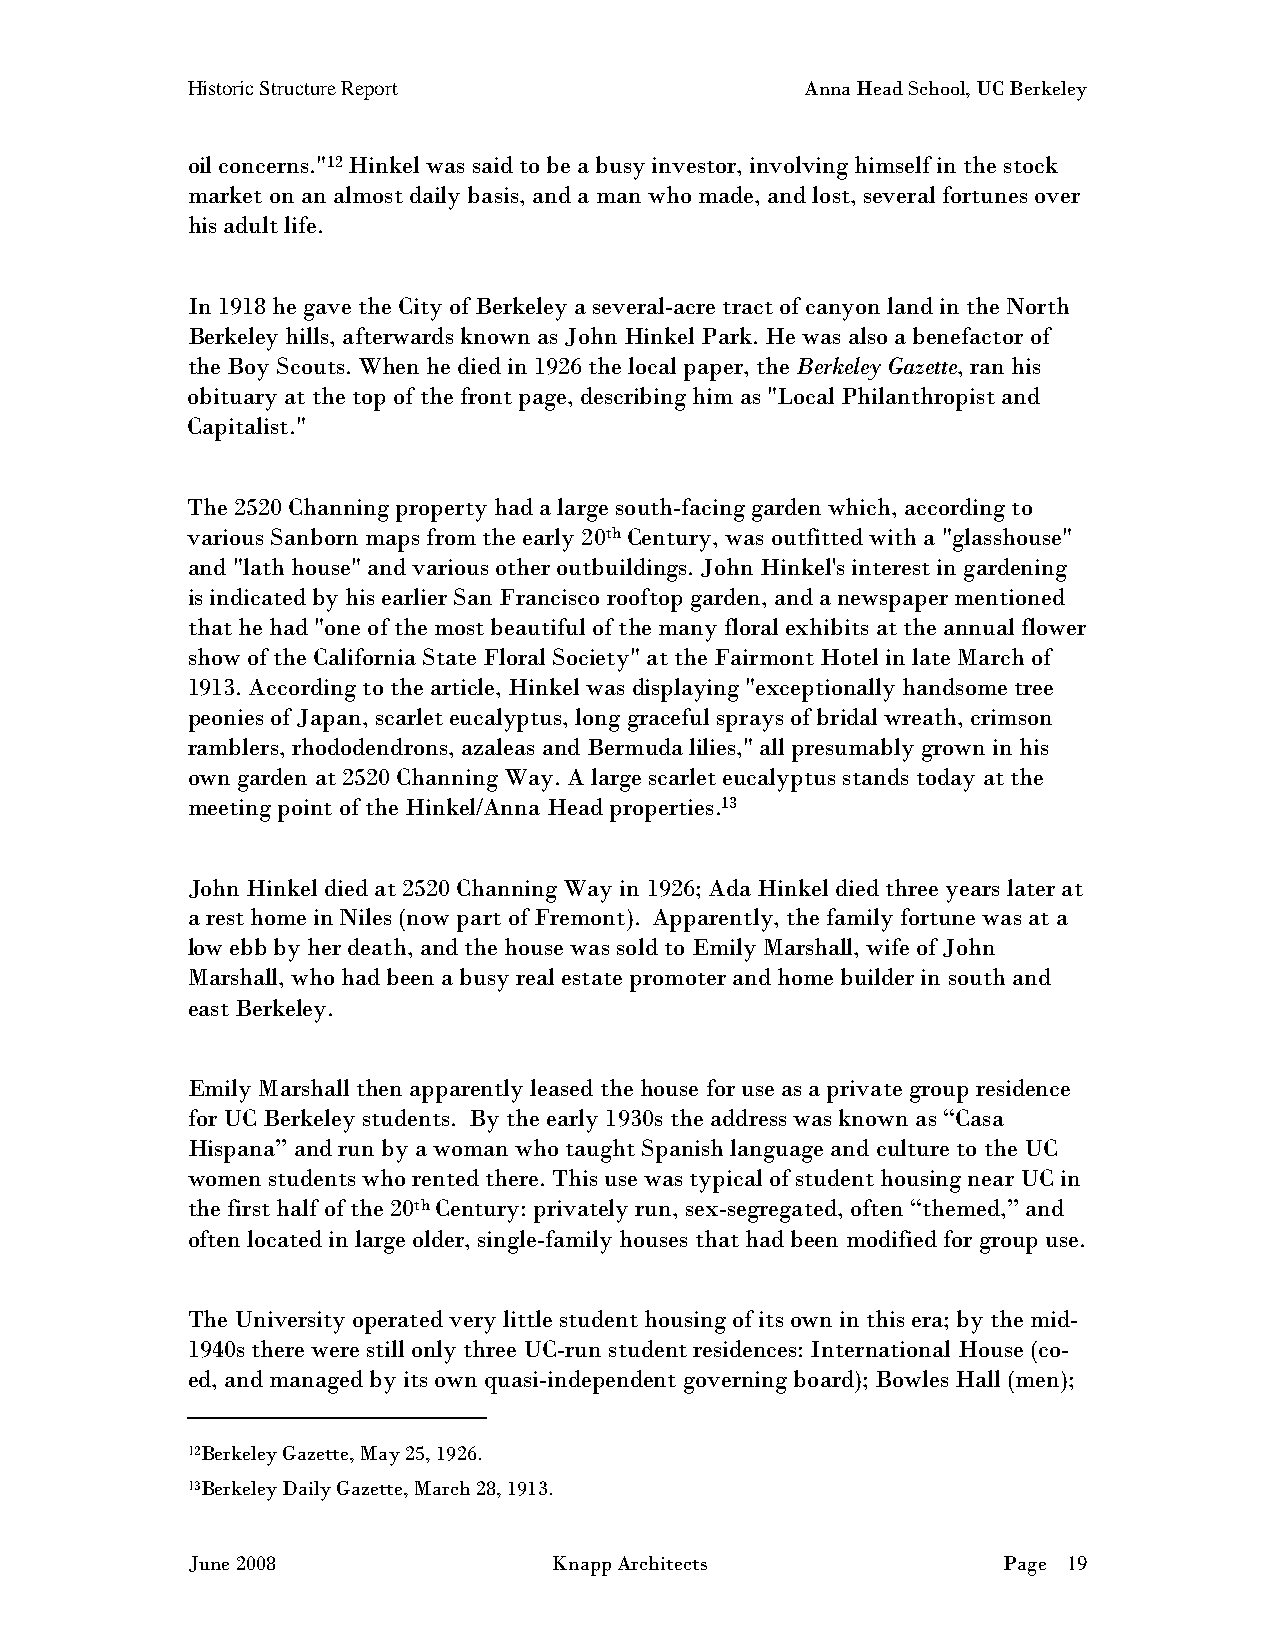
Historic Structure Report                Anna Head School, UC Berkeley
 oil concerns."12 Hinkel was said to be a busy investor, involving himself in the stock
 market on an almost daily basis, and a man who made, and lost, several fortunes over
 his adult life.
 In 1918 he gave the City of Berkeley a several-acre tract of canyon land in the North
 Berkeley hills, afterwards known as John Hinkel Park. He was also a benefactor of
 the Boy Scouts. When he died in 1926 the local paper, the Berkeley Gazette, ran his
 obituary at the top of the front page, describing him as "Local Philanthropist and
 Capitalist."
 The 2520 Channing property had a large south-facing garden which, according to
 various Sanborn maps from the early 20th Century, was outfitted with a "glasshouse"
 and "lath house" and various other outbuildings. John Hinkel's interest in gardening
 is indicated by his earlier San Francisco rooftop garden, and a newspaper mentioned
 that he had "one of the most beautiful of the many floral exhibits at the annual flower
 show of the California State Floral Society" at the Fairmont Hotel in late March of
 1913. According to the article, Hinkel was displaying "exceptionally handsome tree
 peonies of Japan, scarlet eucalyptus, long graceful sprays of bridal wreath, crimson
 ramblers, rhododendrons, azaleas and Bermuda lilies," all presumably grown in his
 own garden at 2520 Channing Way. A large scarlet eucalyptus stands today at the
 meeting point of the Hinkel/Anna Head properties.13
 John Hinkel died at 2520 Channing Way in 1926; Ada Hinkel died three years later at
 a rest home in Niles (now part of Fremont). Apparently, the family fortune was at a
 low ebb by her death, and the house was sold to Emily Marshall, wife of John
 Marshall, who had been a busy real estate promoter and home builder in south and
 east Berkeley.
 Emily Marshall then apparently leased the house for use as a private group residence
 for UC Berkeley students. By the early 1930s the address was known as “Casa
 Hispana” and run by a woman who taught Spanish language and culture to the UC
 women students who rented there. This use was typical of student housing near UC in
 the first half of the 20th Century: privately run, sex-segregated, often “themed,” and
 often located in large older, single-family houses that had been modified for group use.
 The University operated very little student housing of its own in this era; by the mid-
 1940s there were still only three UC-run student residences: International House (co-
 ed, and managed by its own quasi-independent governing board); Bowles Hall (men);
 12Berkeley Gazette, May 25, 1926.
 13Berkeley Daily Gazette, March 28, 1913.
 June 2008                Knapp Architects             Page 19